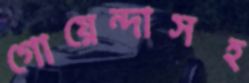
গোয়েন্দাসহ